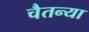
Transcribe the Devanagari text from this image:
चैतन्या